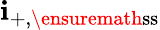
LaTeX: \mathbf{i}_{+,\ensuremath{\mathrm{ss}}}